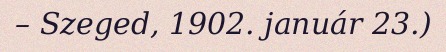
– Szeged, 1902. január 23.)